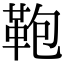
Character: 鞄